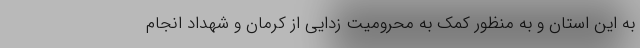
به این استان و به منظور کمک به محرومیت زدایی از کرمان و شهداد انجام